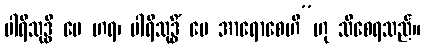
ပါရိသုဒ္ဓိ မေ ဟရ၊ ပါရိသုဒ္ဓိံ မေ အာရောစေဟိ”ဟု သိစေရသည်။